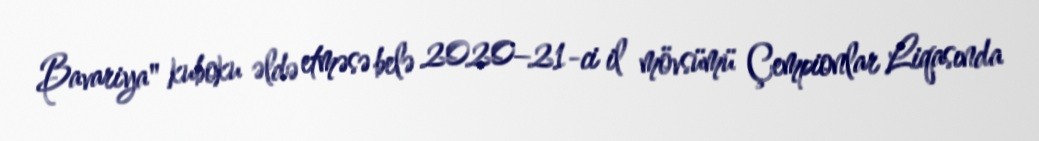
Bavariya" kuboku əldə etməsə belə 2020–21-ci il mövsümü Çempionlar Liqasında